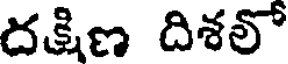
దక్షిణ దిశలో